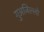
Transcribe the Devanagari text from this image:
गुअजिल्लो